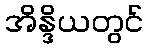
အိန္ဒိယတွင်